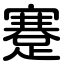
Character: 蹇